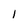
Character: I